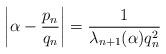
LaTeX: \begin{align*}\biggl|\alpha -\frac{p_n}{q_n}\biggr|=\frac{1}{\lambda_{n+1}(\alpha)q_n^2}\end{align*}